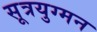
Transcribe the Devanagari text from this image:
सूत्रयुग्मन